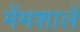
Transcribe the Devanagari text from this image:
मेंमशालें